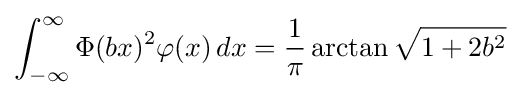
\int _{-\infty }^{\infty }\Phi (bx)^{2}\varphi (x)\,dx={\frac {1}{\pi }}\arctan {\sqrt {1+2b^{2}}}